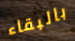
بالبقاء